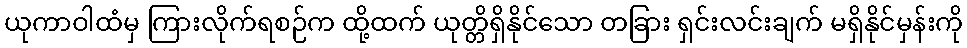
ယုကာဝါထံမှ ကြားလိုက်ရစဉ်က ထို့ထက် ယုတ္တိရှိနိုင်သော တခြား ရှင်းလင်းချက် မရှိနိုင်မှန်းကို